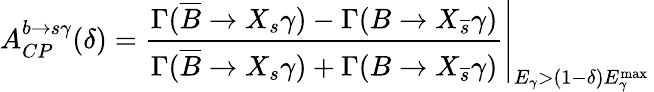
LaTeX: A_{CP}^{b\rightarrow s\gamma}(\delta)=\left.\frac{\Gamma(\overline{{{B}}}\rightarrow X_{s}\gamma)-\Gamma(B\rightarrow X_{\overline{{{s}}}}\gamma)}{\Gamma(\overline{{{B}}}\rightarrow X_{s}\gamma)+\Gamma(B\rightarrow X_{\overline{{{s}}}}\gamma)}\right|_{E_{\gamma}>(1-\delta)E_{\gamma}^{\mathrm{max}}}\,